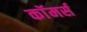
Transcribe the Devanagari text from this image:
काॅमर्स